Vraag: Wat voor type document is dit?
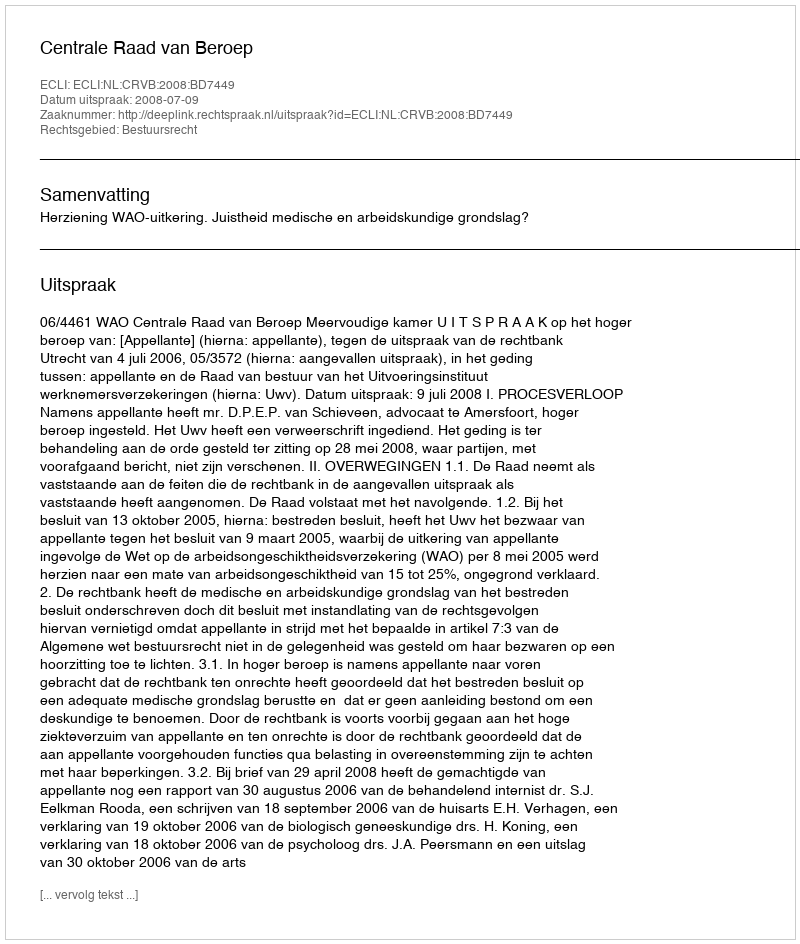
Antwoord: Uitspraak